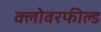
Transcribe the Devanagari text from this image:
क्लोवरफील्ड